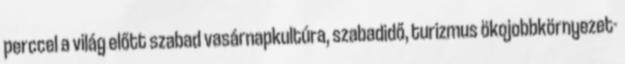
perccel a világ előtt szabad vasárnapkultúra, szabadidő, turizmus ökojobbkörnyezet-